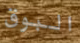
البوق